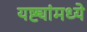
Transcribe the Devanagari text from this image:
यष्ट्यांमध्ये